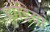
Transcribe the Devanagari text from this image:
हांडियां